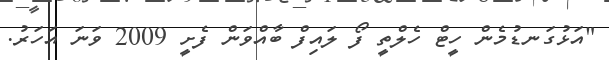
"އަޅުގަނޑުމެން ހީޓް ހެލްތީ ފޯ ލައިފް ބާއްވަން ފެށީ 2009 ވަނަ އަހަރު.